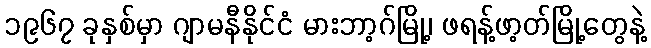
၁၉၆၇ ခုနှစ်မှာ ဂျာမနီနိုင်ငံ မားဘာ့ဂ်မြို့၊ ဖရန့်ဖာ့တ်မြို့တွေနဲ့